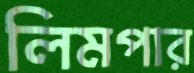
লিমপার